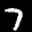
Label: 7